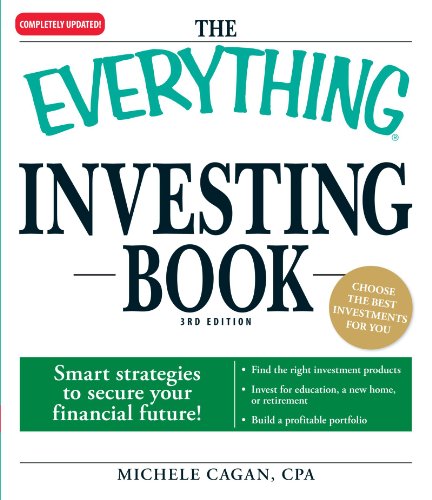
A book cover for The Everything Investing Book: Smart strategies to secure your financial future!; Michele Cagan CPA; Business & Money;